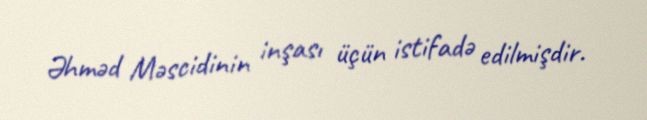
Əhməd Məscidinin inşası üçün istifadə edilmişdir.